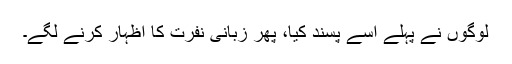
لوگوں نے پہلے اسے پسند کیا، پھر زبانی نفرت کا اظہار کرنے لگے۔